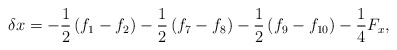
\begin{align*}\delta x = - \frac{1}{2}\left( {{f_1} - {f_2}} \right) - \frac{1}{2}\left( {{f_7} - {f_8}} \right) - \frac{1}{2}\left( {{f_9} - {f_{10}}} \right) - \frac{1}{4}{F_x},\end{align*}